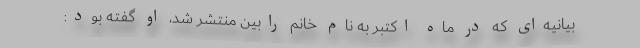
بیانیه‌ای که در ماه اکتبر به نام خانم رابین منتشر شد، او گفته بود: